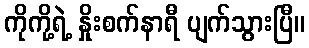
ကိုကို့ရဲ့ နှိုးစက်နာရီ ပျက်သွားပြီ။